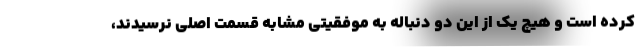
کرده است و هیچ یک از این دو دنباله به موفقیتی مشابه قسمت اصلی نرسیدند،